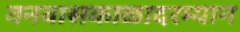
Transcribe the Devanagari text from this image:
वनवासकाळादरम्यान